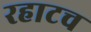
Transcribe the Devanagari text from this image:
रहाटच